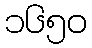
၁၆၅၀